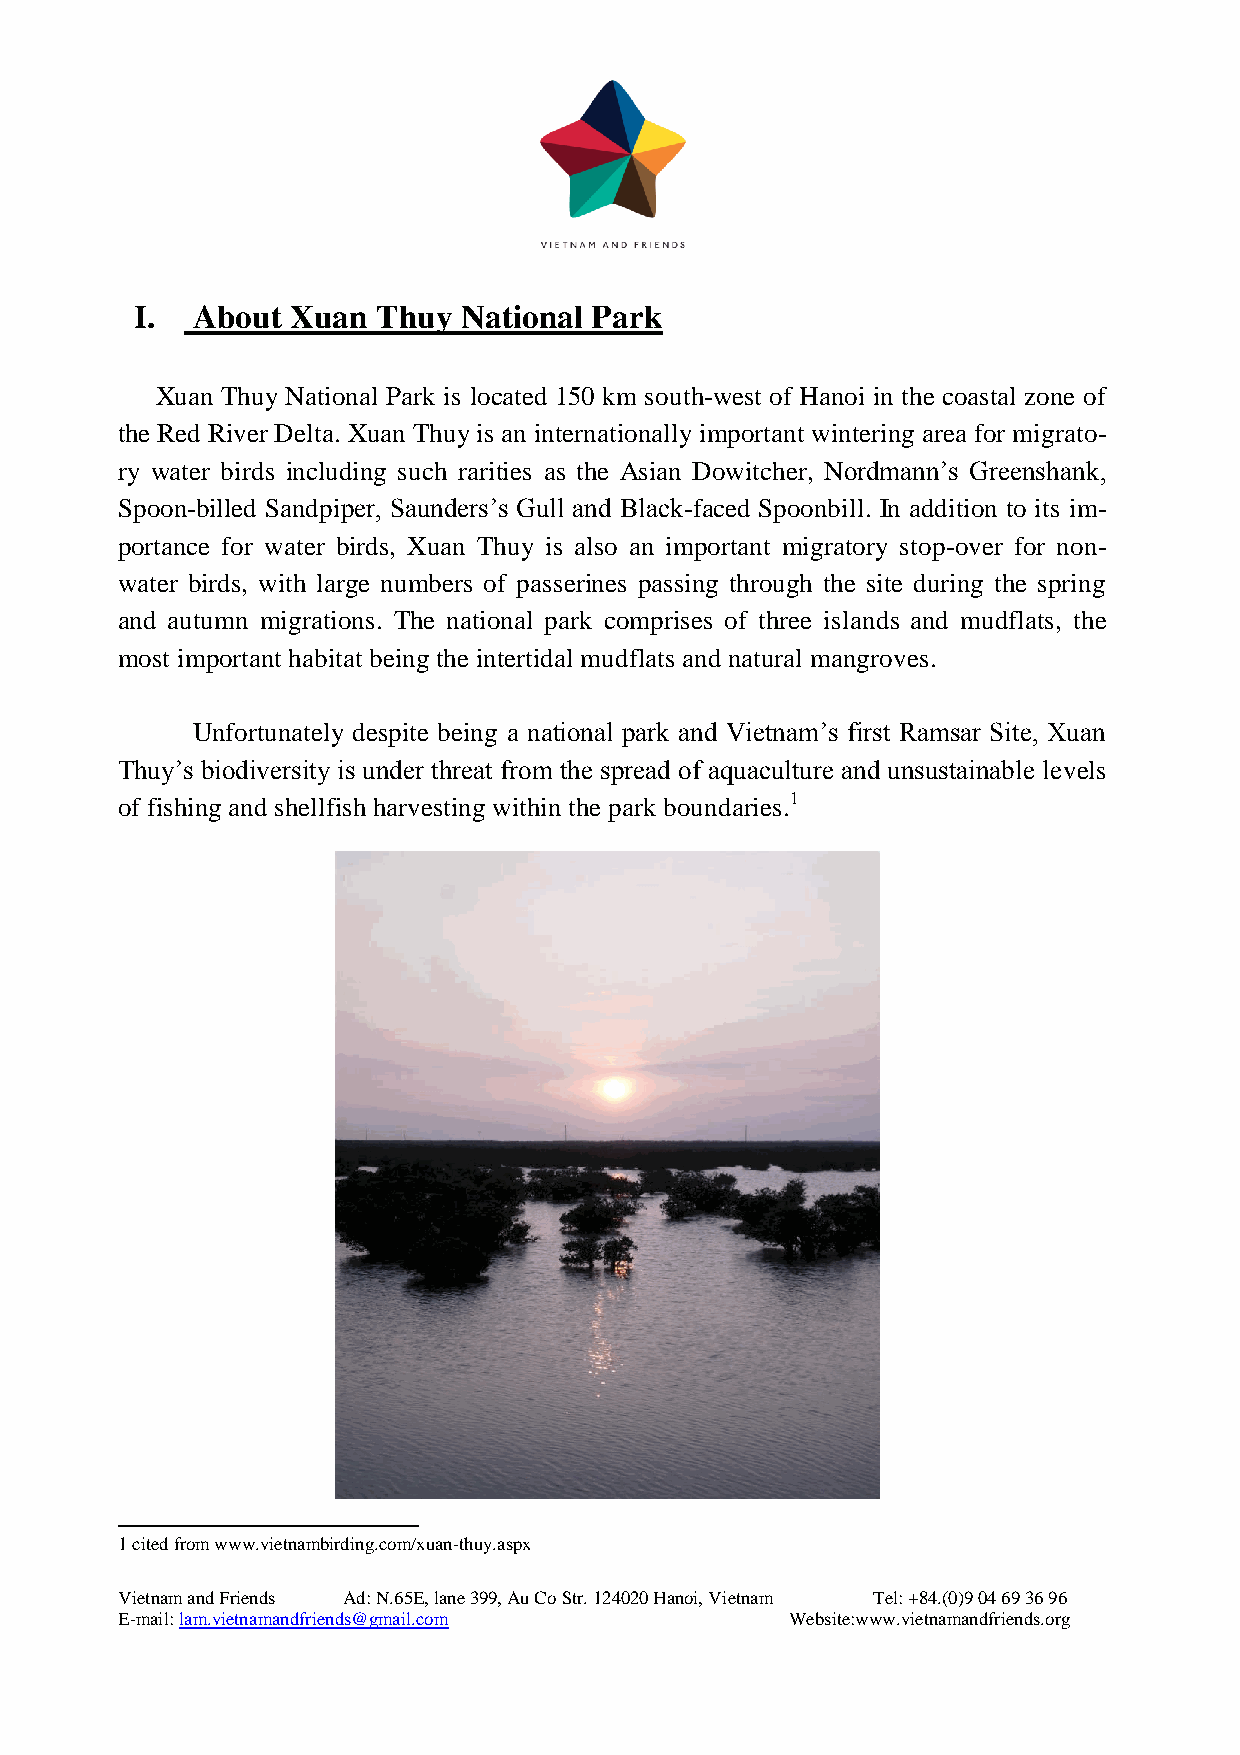
I.  About Xuan  Thuy  National Park
 Xuan Thuy National Park is located 150 km south-west of Hanoi in the coastal zone of
 the Red River Delta. Xuan Thuy is an internationally important wintering area for migrato-
 ry water birds including such rarities as the Asian Dowitcher, Nordmann’s Greenshank,
 Spoon-billed Sandpiper, Saunders’s Gull and Black-faced Spoonbill. In addition to its im-
 portance for water birds, Xuan Thuy is also an important migratory stop-over for non-
 water birds, with large numbers of passerines passing through the site during the spring
 and autumn migrations. The national park comprises of three islands and mudflats, the
 most important habitat being the intertidal mudflats and natural mangroves.
 Unfortunately despite being a national park and Vietnam’s first Ramsar Site, Xuan
 Thuy’s biodiversity is under threat from the spread of aquaculture and unsustainable levels
 of fishing and shellfish harvesting within the park boundaries.1
 1 cited from www.vietnambirding.com/xuan-thuy.aspx
 Vietnam and Friends Ad: N.65E, lane 399, Au Co Str. 124020 Hanoi, Vietnam Tel: +84.(0)9 04 69 36 96
 E-mail: lam.vietnamandfriends@gmail.com     Website:www.vietnamandfriends.org